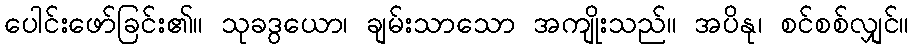
ပေါင်းဖော်ခြင်း၏။ သုခဒွယော၊ ချမ်းသာသော အကျိုးသည်။ အပိနု၊ စင်စစ်လျှင်။